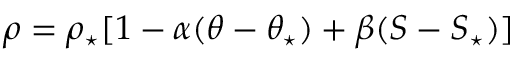
\rho = \rho _ { \star } [ 1 - \alpha ( \theta - \theta _ { \star } ) + \beta ( S - S _ { \star } ) ]